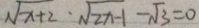
\sqrt { x + 2 } \cdot \sqrt { 2 x - 1 } - \sqrt { 3 } = 0